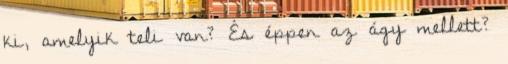
ki, amelyik teli van? És éppen az ágy mellett?